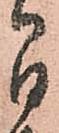
間